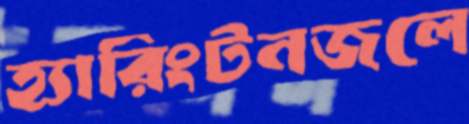
হ্যারিংটনজলে